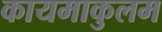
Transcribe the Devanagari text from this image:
कायमाकुलम